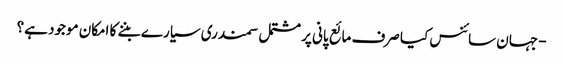
- جہان سائنس کیا صرف مائع پانی پر مشتمل سمندری سیارے بننے کا امکان موجود ہے؟